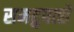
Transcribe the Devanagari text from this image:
समद्रुपत्से